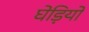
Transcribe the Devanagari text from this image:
घेड़ियों